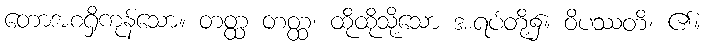
တောအစရှိကုန်သော။ တတ္ထ တတ္ထ၊ ထိုထိုသို့သော အရပ်တို့၌။ ဝိပဿတိ၊ ၏။